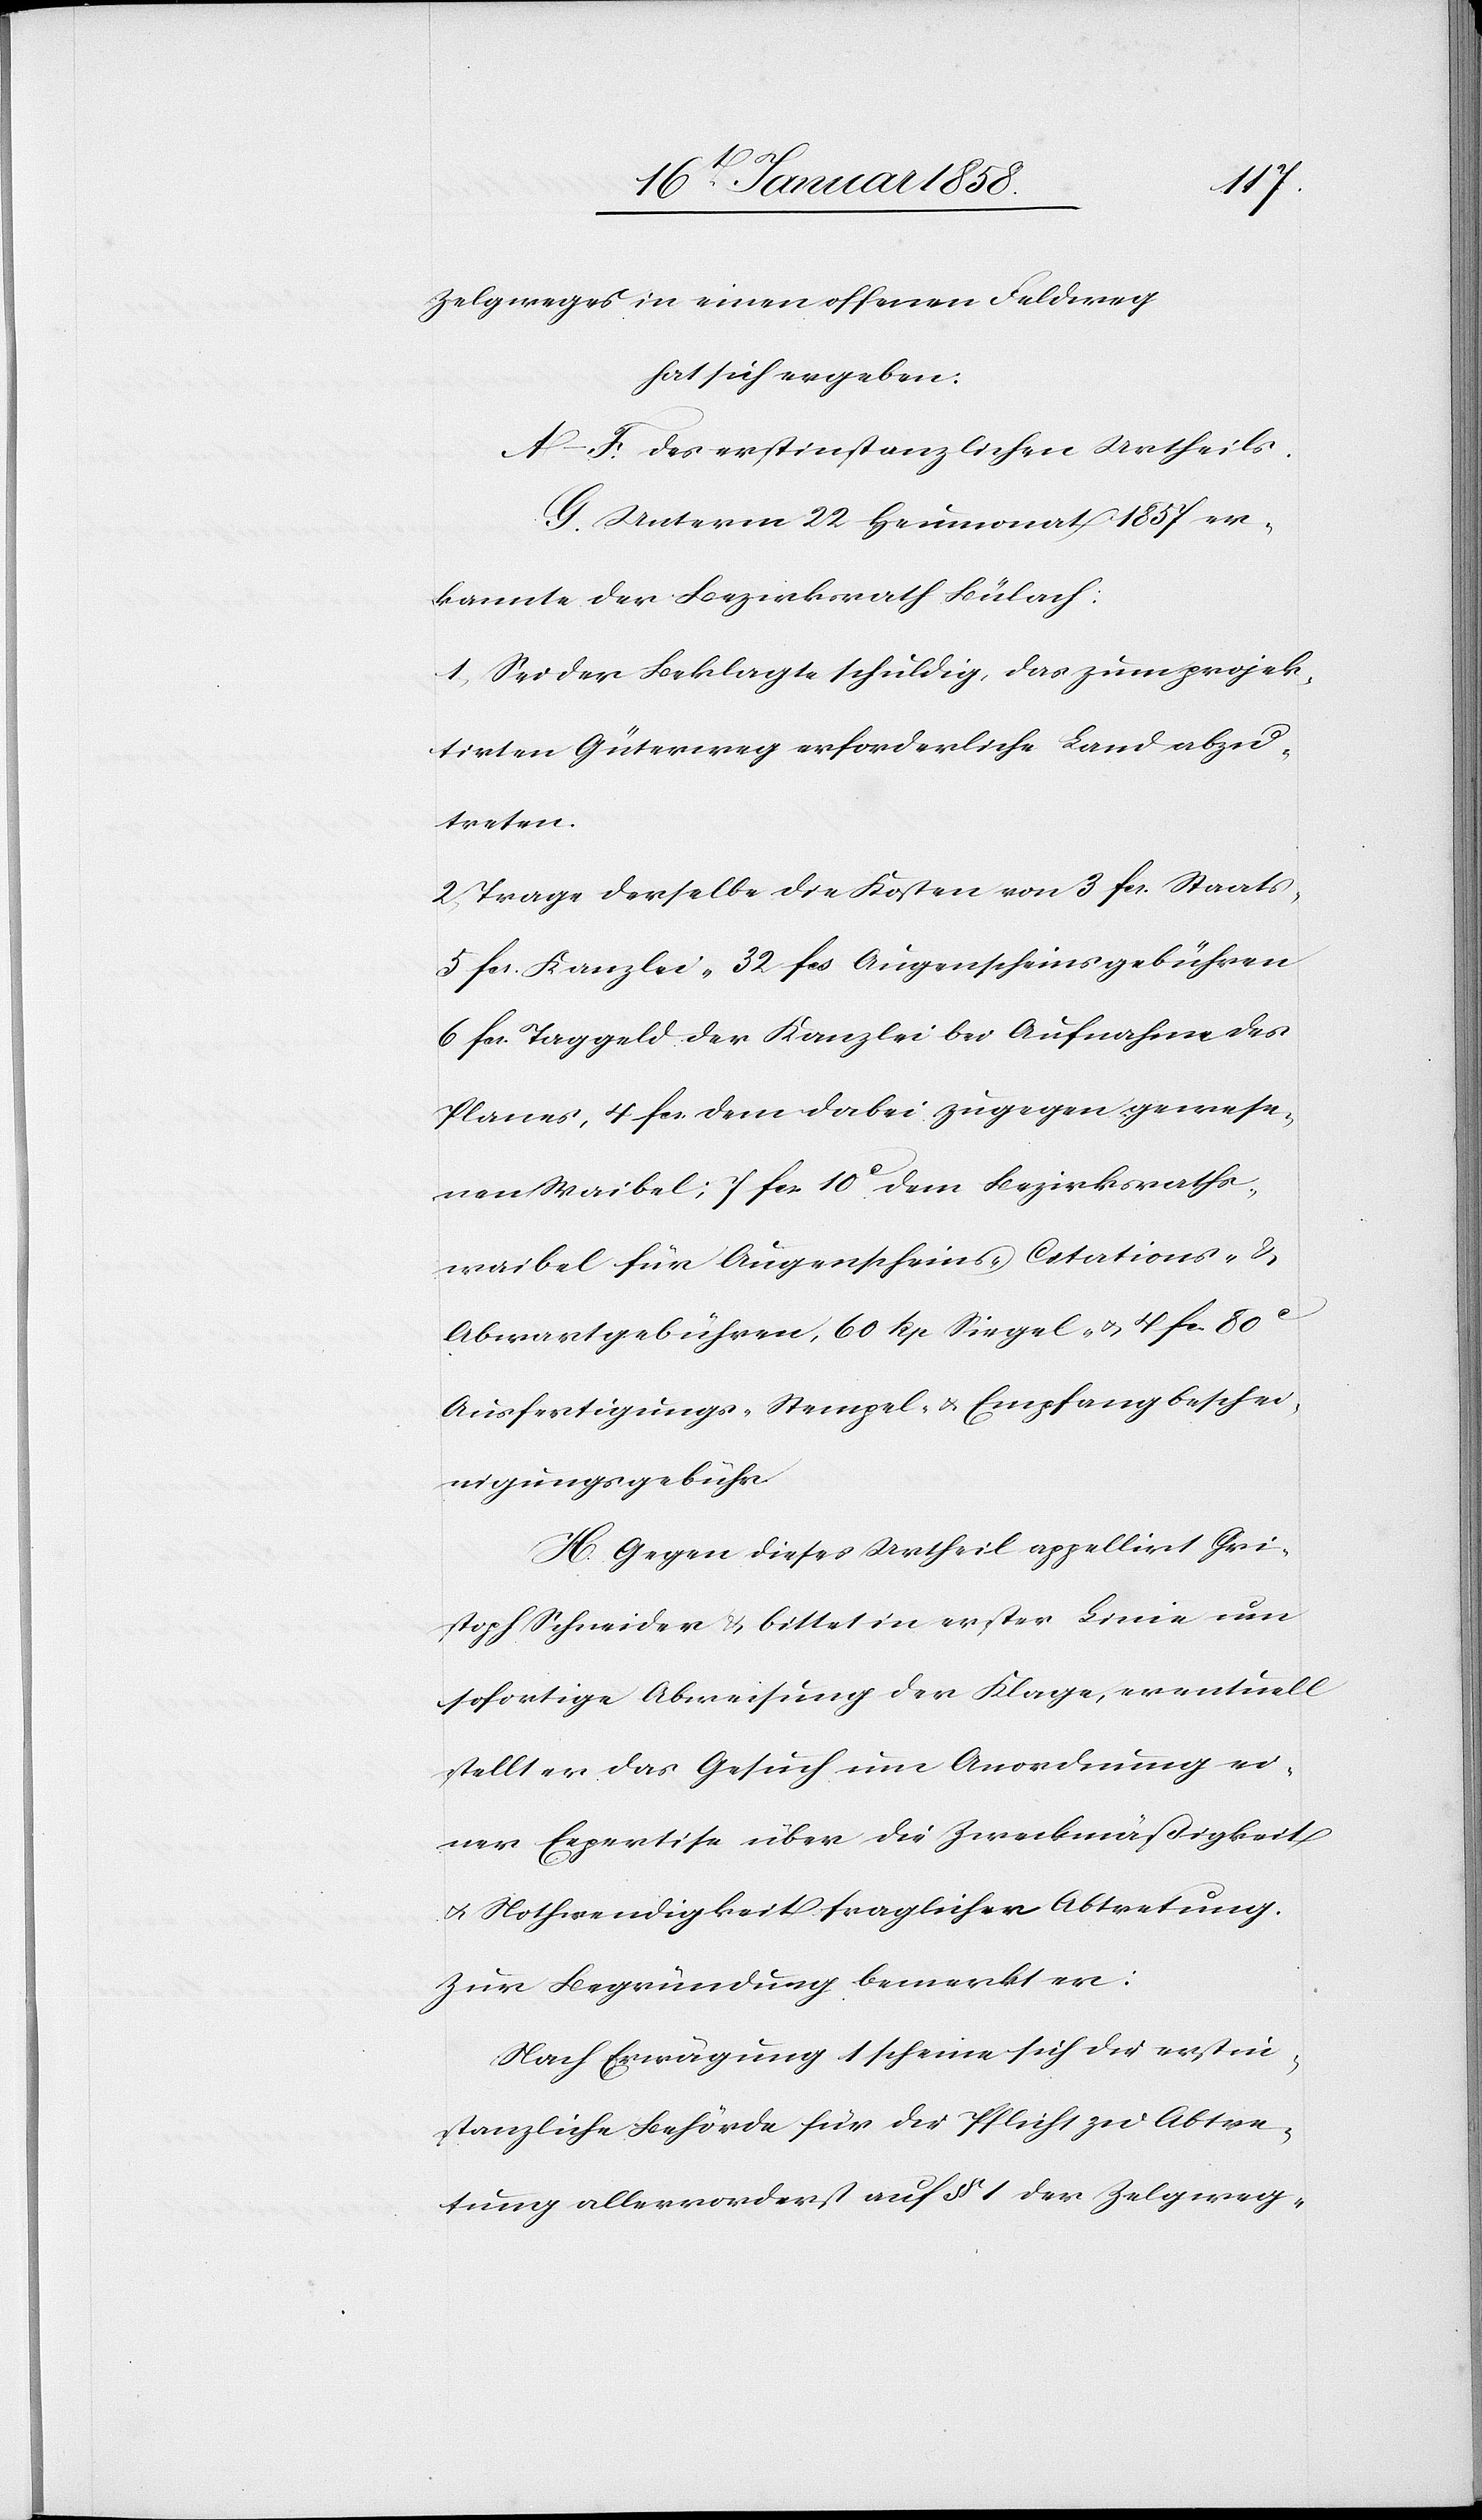
Zelgweges in einen offenen Feldweg
hat sich ergeben:
A–F. des erstinstanzlichen Urtheils.
G. Unterm 22 Heumonat 1857 er¬
kannte der Bezirksrath Bülach:
1. Sei der Beklagte schuldig, das zum projek¬
tirten Güterweg erforderliche Land abzu¬
treten.
2. Trage derselbe die Kosten von 3 fcs. Staats-
5 fcs. Kanzlei- 32 fcs Augenscheinsgebühren
6 fcs. Taggeld der Kanzlei bei Aufnahme des
Planes, 4 fcs. dem dabei zugegen gewese¬
nen Waibel; 7 fcs. 10c dem Bezirksraths¬
waibel für Augenscheins- u. Citations- &
Abwartgebühren, 60 Rp. Siegel- u. 4 fc. 80c
Ausfertigungs- Stempel- u. Empfangbeschei¬
nigungsgebühr.
H. Gegen dieses Urtheil appellirt Chri¬
stoph Schneider u. bittet in erster Linie um
sofortige Abweisung der Klage, eventuell
stellt er das Gesuch um Anordnung ei¬
ner Expertise über die Zweckmäßigkeit
u. Nothwendigkeit fraglicher Abtretung.
Zur Begründung bemerkt er:
Nach Erwägung 1 scheine sich die erstin¬
stanzliche Behörde für die Pflicht zu Abtre¬
tung allervorderst auf § 1 der Zelgweg-